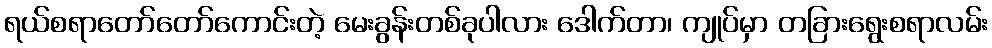
ရယ်စရာတော်တော်ကောင်းတဲ့ မေးခွန်းတစ်ခုပါလား ဒေါက်တာ၊ ကျုပ်မှာ တခြားရွေးစရာလမ်း